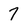
Character: 7